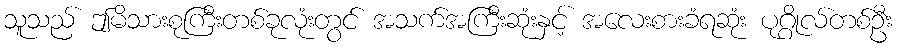
သူသည် ဤမိသားစုကြီးတစ်ခုလုံးတွင် အသက်အကြီးဆုံးနှင့် အလေးစားခံရဆုံး ပုဂ္ဂိုလ်တစ်ဦး